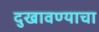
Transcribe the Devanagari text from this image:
दुखावण्याचा